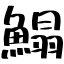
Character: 鰨